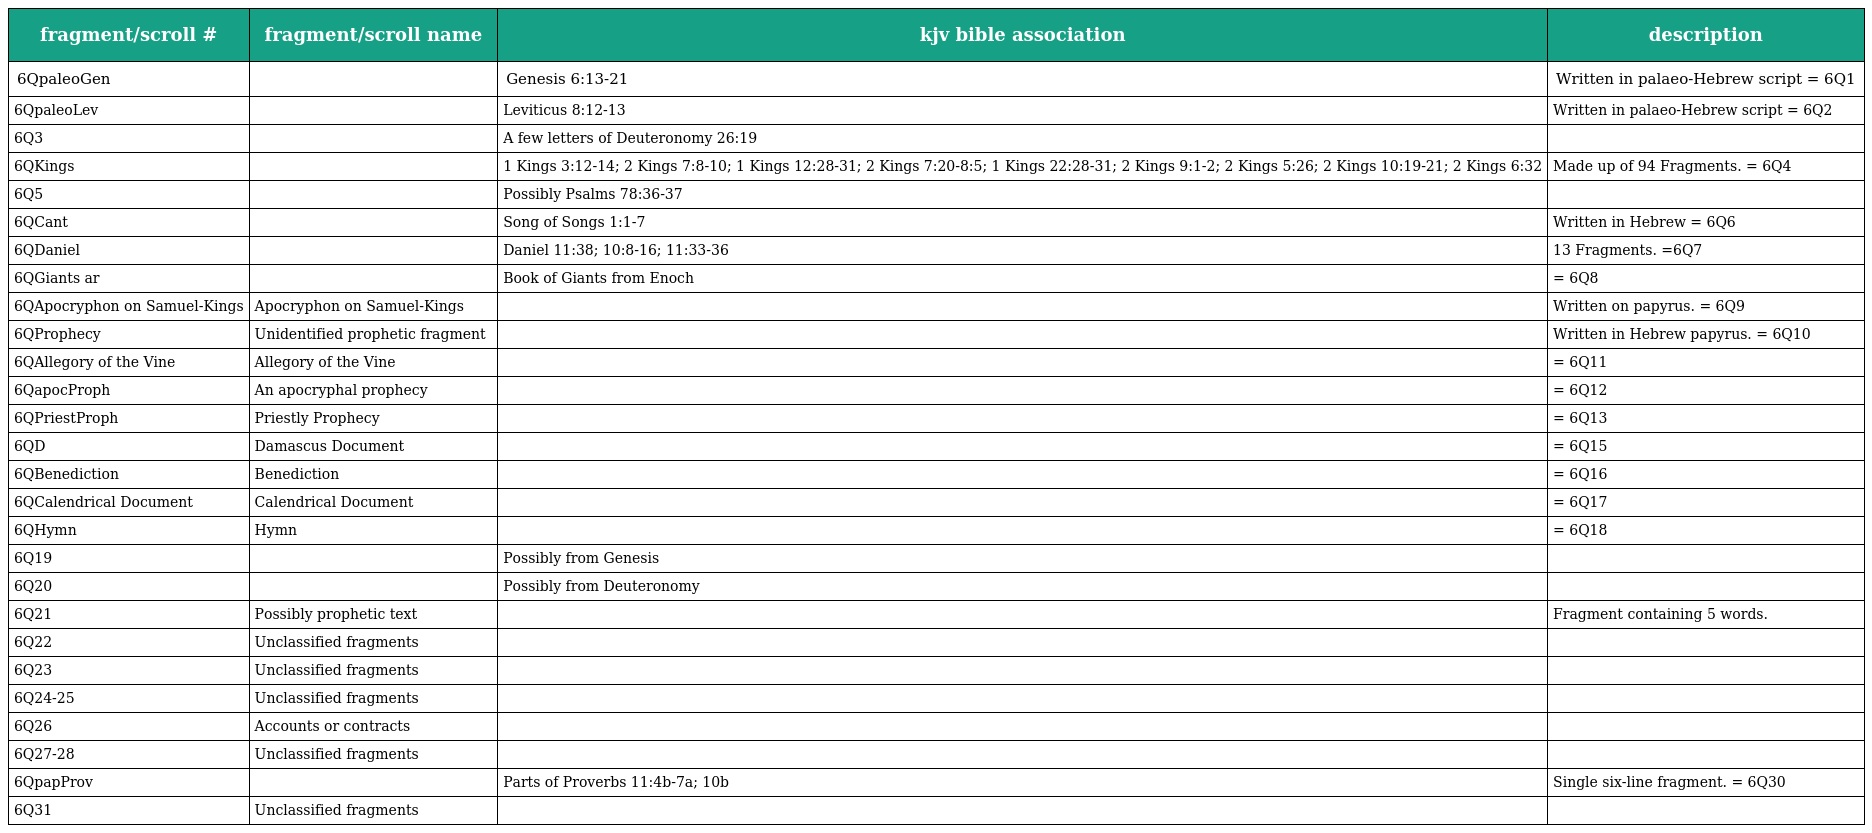
| fragment/scroll # | fragment/scroll name | kjv bible association | description |
 | --- | --- | --- | --- |
 | 6QpaleoGen |  | Genesis 6:13-21 | Written in palaeo-Hebrew script = 6Q1 |
 | 6QpaleoLev |  | Leviticus 8:12-13 | Written in palaeo-Hebrew script = 6Q2 |
 | 6Q3 |  | A few letters of Deuteronomy 26:19 |  |
 | 6QKings |  | 1 Kings 3:12-14; 2 Kings 7:8-10; 1 Kings 12:28-31; 2 Kings 7:20-8:5; 1 Kings 22:28-31; 2 Kings 9:1-2; 2 Kings 5:26; 2 Kings 10:19-21; 2 Kings 6:32 | Made up of 94 Fragments. = 6Q4 |
 | 6Q5 |  | Possibly Psalms 78:36-37 |  |
 | 6QCant |  | Song of Songs 1:1-7 | Written in Hebrew = 6Q6 |
 | 6QDaniel |  | Daniel 11:38; 10:8-16; 11:33-36 | 13 Fragments. =6Q7 |
 | 6QGiants ar |  | Book of Giants from Enoch | = 6Q8 |
 | 6QApocryphon on Samuel-Kings | Apocryphon on Samuel-Kings |  | Written on papyrus. = 6Q9 |
 | 6QProphecy | Unidentified prophetic fragment |  | Written in Hebrew papyrus. = 6Q10 |
 | 6QAllegory of the Vine | Allegory of the Vine |  | = 6Q11 |
 | 6QapocProph | An apocryphal prophecy |  | = 6Q12 |
 | 6QPriestProph | Priestly Prophecy |  | = 6Q13 |
 | 6QD | Damascus Document |  | = 6Q15 |
 | 6QBenediction | Benediction |  | = 6Q16 |
 | 6QCalendrical Document | Calendrical Document |  | = 6Q17 |
 | 6QHymn | Hymn |  | = 6Q18 |
 | 6Q19 |  | Possibly from Genesis |  |
 | 6Q20 |  | Possibly from Deuteronomy |  |
 | 6Q21 | Possibly prophetic text |  | Fragment containing 5 words. |
 | 6Q22 | Unclassified fragments |  |  |
 | 6Q23 | Unclassified fragments |  |  |
 | 6Q24-25 | Unclassified fragments |  |  |
 | 6Q26 | Accounts or contracts |  |  |
 | 6Q27-28 | Unclassified fragments |  |  |
 | 6QpapProv |  | Parts of Proverbs 11:4b-7a; 10b | Single six-line fragment. = 6Q30 |
 | 6Q31 | Unclassified fragments |  |  |